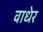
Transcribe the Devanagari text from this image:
वाधेर